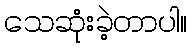
သေဆုံးခဲ့တာပါ။